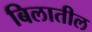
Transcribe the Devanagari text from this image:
बिलातील